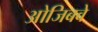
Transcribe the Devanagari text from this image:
ओजिबवे